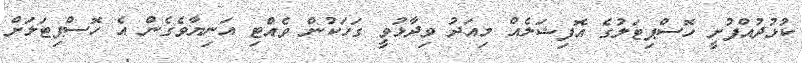
ކުޅުދުއްފުށީ ހޮސްޕިޓަލުގެ އޮފިޝަލެއް މިއަދު ވިދާޅުވީ ގަހަކުން ވެއްޓި އަނިޔާވެގެން އެ ހޮސްޕިޓަލަށް